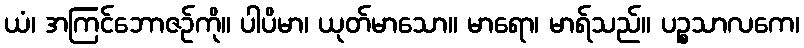
ယံ၊ အကြင်ဘောဇဉ်ကို။ ပါပိမာ၊ ယုတ်မာသော။ မာရော၊ မာရ်သည်။ ပဉ္စသာလကေ၊